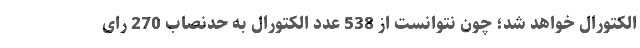
الکتورال خواهد شد؛ چون نتوانست از 538 عدد الکتورال به حدنصاب 270 رای